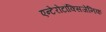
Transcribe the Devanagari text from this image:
एन्टेरोटॉक्सिजेनिक